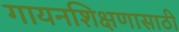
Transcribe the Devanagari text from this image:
गायनशिक्षणासाठी